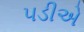
૫ડીએ